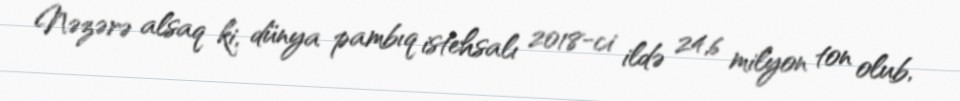
Nəzərə alsaq ki, dünya pambıq istehsalı 2018-ci ildə 24,6 milyon ton olub,